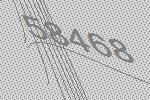
58468